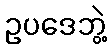
ဥပဒေဘွဲ့